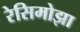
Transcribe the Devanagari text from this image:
रेसिमोझा